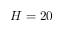
H = 2 0